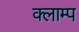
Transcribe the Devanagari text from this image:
क्लाम्प